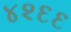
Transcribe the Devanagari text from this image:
४२६६